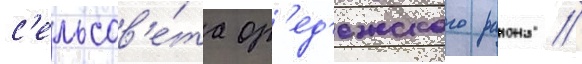
с'ельсов'е́та ор'ед'ежского раиона //